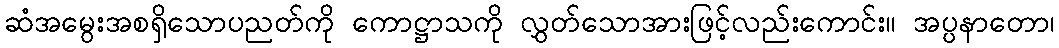
ဆံအမွေးအစရှိသောပညတ်ကို ကောဋ္ဌာသကို လွှတ်သောအားဖြင့်လည်းကောင်း။ အပ္ပနာတော၊